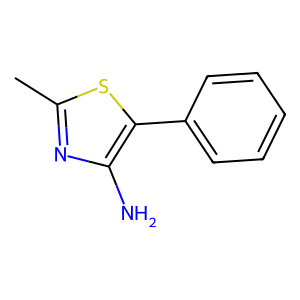
SMILES: Cc1nc(N)c(-c2ccccc2)s1
Inhibits HIV replication: No